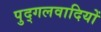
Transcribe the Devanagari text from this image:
पुद्गलवादियों